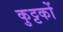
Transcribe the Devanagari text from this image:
कुट्टकों